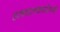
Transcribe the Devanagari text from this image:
हलचलकारिणी